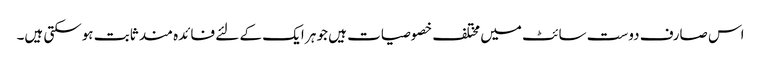
اس صارف دوست سائٹ میں مختلف خصوصیات ہیں جو ہر ایک کے لئے فائدہ مند ثابت ہوسکتی ہیں۔